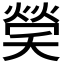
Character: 𤌡